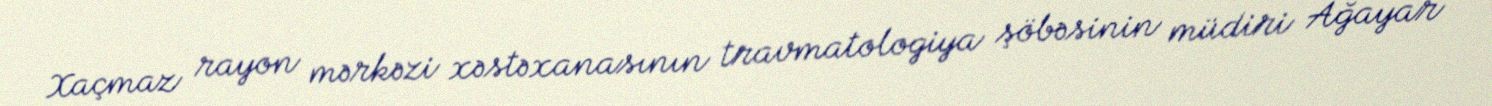
Xaçmaz rayon mərkəzi xəstəxanasının travmatologiya şöbəsinin müdiri Ağayar